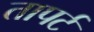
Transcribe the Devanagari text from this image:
तापर्ट